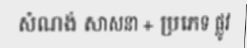
សំណង់ សាសនា + ប្រភេទ ផ្លូវ